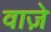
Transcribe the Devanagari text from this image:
वाजे़